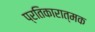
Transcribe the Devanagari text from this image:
प्रतिकारात्मक